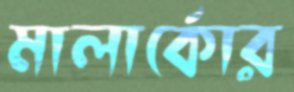
মালার্কোর